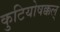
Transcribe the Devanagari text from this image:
कुटियोषक्कल्